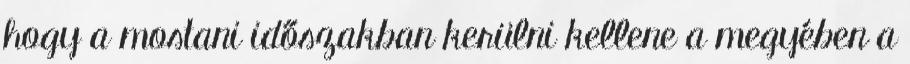
hogy a mostani időszakban kerülni kellene a megyében a